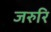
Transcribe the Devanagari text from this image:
जरुरि